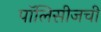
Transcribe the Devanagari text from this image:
पॉलिसीजची